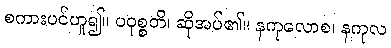
စကားပင်ဟူ၍။ ပဝုစ္စတိ၊ ဆိုအပ်၏။ နကုလောစ၊ နကုလ